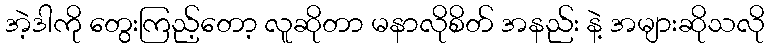
အဲ့ဒါကို တွေးကြည့်တော့ လူဆိုတာ မနာလိုစိတ် အနည်း နဲ့ အများဆိုသလို